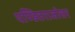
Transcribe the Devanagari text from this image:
पण्डितराजोत्तर